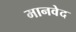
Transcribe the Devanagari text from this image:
मानवेद